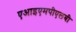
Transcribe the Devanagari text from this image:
एआइएमपीएलबी